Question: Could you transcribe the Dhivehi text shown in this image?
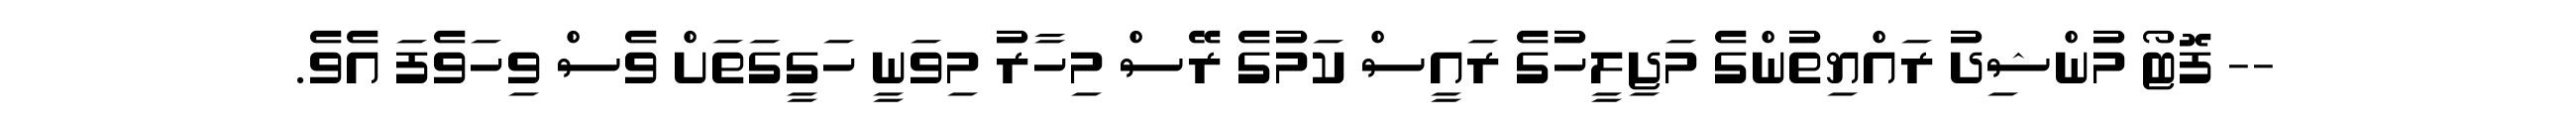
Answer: -- ފޮޓޯ މުންޝިދު ރައްޔިތުންގެ މަޖިލީހުގެ ރައީސް ކަމުގެ ރޭސް މިހާރު މިވަނީ ހަގީގަތަށް ވެސް ވިހަވެފަ އެވެ.